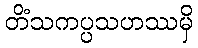
တိံသကပ္ပသဟဿမှိ